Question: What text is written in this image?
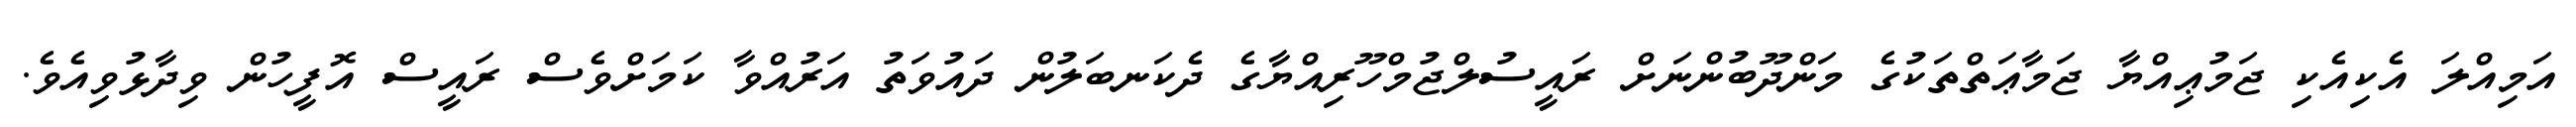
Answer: އަމިއްލަ އެކިއެކި ޖަމުޢިއްޔާ ޖަމާޢަތްތަކުގެ މަންދޫބުންނަށް ރައީސުލްޖުމްހޫރިއްޔާގެ ދެކަނބަލުން ދައުވަތު އަރުއްވާ ކަމަށްވެސް ރައީސް އޮފީހުން ވިދާޅުވިއެވެ.